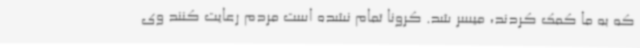
که به ما کمک کردند، میسر شد. کرونا تمام نشده است مردم رعایت کنند وی